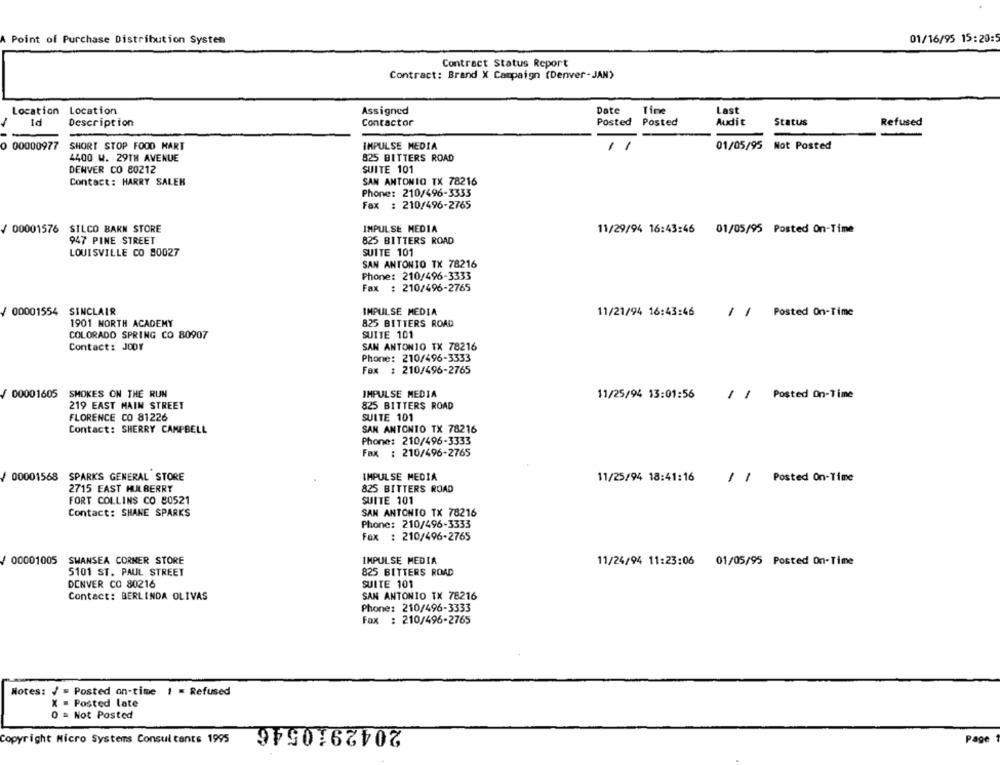
01/16/95 15:20:
A Point of Purchase Distribution System
Contract Status Report
Contract: Brand X Campaign (Denver- JAN)
Location Location
Assigned
Date
Time
Last
1d
Description
Contactor
Posted
Posted
Audit
Status
Refused
0 00000977
SHORT STOP FOOD MART
IMPULSE MEDIA
1
01/05/95
Not Posted
4400 W. 29TH AVENUE
825 BITTERS ROAD
DENVER CO 80212
SUITE 101
Contact: HARRY SALEN
SAN ANTONIO TX 78216
Phone: 210/496-3333
Fax : 210/496-2765
/ 00001576 SILCO BARN STORE
IMPULSE MEDIA
11/29/94 16:43:46 01/05/95 Posted On-Time
947 PINE STREET
825 BITTERS ROAD
LOUISVILLE CO 80027
SUITE 101
SAN ANTONIO TX 78216
Phone: 210/496-3333
Fax : 210/496-2765
/ 00001554
SINCLAIR
IMPULSE MEDIA
11/21/94 16:43:46
/ / Posted On-Time
1901 NORTH ACADEMY
825 BITTERS ROAD
COLORADO SPRING CO 80907
SUITE 101
Contact: JODY
SAN ANTONIO TX 78216
Phone: 210/496-3333
Fax : 210/496-2765
00001605
SMOKES ON THE RUN
IMPULSE MEDIA
11/25/94 13:01:56
/ / Posted On-Time
219 EAST MAIN STREET
825 BITTERS ROAD
FLORENCE CO 81226
SUITE 101
SAN ANTONIO TX 78216
Contact: SHERRY CAMPBELL
Phone: 210/496-3333
Fax : 210/496-2765
00001568
SPARKS GENERAL STORE
IMPULSE MEDIA
11/25/94 18:41:16
: | Posted On-Time
2715 EAST MULBERRY
825 BITTERS ROAD
FORT COLLINS CO 80521
SUITE 101
Contact: SHANE SPARKS
SAN ANTONIO TX 78216
Phone: 210/496-3333
Fax : 210/496-2765
SWANSEA CORNER STORE
00001005
IMPULSE MEDIA
11/24/94 11:23:06 01/05/95 Posted On-Time
5101 ST. PAUL STREET
825 BITTERS ROAD
DENVER CO 80216
SUITE 101
Contact: BERLINDA OLIVAS
SAN ANTONIO TX 78216
Phone: 210/496-3333
Fax : 210/496-2765
Notes: / = Posted on-time 1 = Refused
X = Posted late
0 = Not Posted
2042910546
Copyright Micro Systems Consul tants 1995
Page